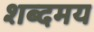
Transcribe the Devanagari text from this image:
शब्दमय